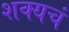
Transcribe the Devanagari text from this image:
शक्यचं